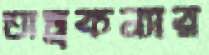
তাম্রকন্যার